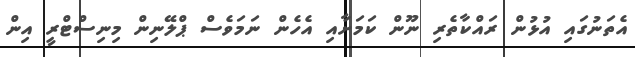
އެތަނުގައި އުޅުން ރައްކާތެރި ނޫން ކަމަށާއި އެހެން ނަމަވެސް ޕްލޭނިން މިނިސްޓްރީ އިން